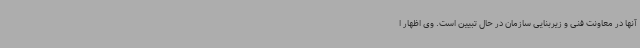
آنها در معاونت فنی و زیربنایی سازمان در حال تبیین است. وی اظهار ا